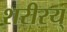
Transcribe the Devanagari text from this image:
शरीरय्